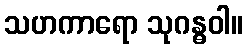
သဟကာရော သုဂန္ဓဝါ။